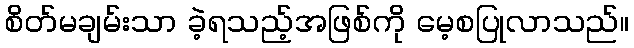
စိတ်မချမ်းသာ ခဲ့ရသည့်အဖြစ်ကို မေ့စပြုလာသည်။